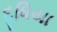
દૂધિયા